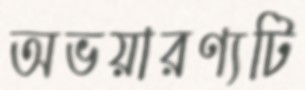
অভয়ারণ্যটি